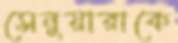
সেনুয়ারাকে